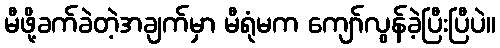
မီဖို့ခက်ခဲတဲ့အချက်မှာ မီရုံမက ကျော်လွန်ခဲ့ပြီးပြီပဲ။